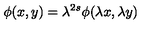
\phi ( x , y ) = \lambda ^ { 2 s } \phi ( \lambda x , \lambda y )